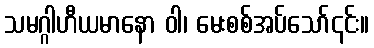
သမဂ္ဂါဟီယမာနော ဝါ၊ မေးစစ်အပ်သော်၎င်း။